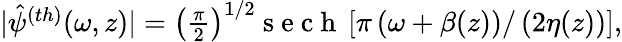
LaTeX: \begin{array}{r}{|\hat{\psi}^{(th)}(\omega,z)|=\left(\frac{\pi}{2}\right)^{1/2}\mathrm{~s~e~c~h~}\left[\pi\left(\omega+\beta(z)\right)/\left(2\eta(z)\right)\right],}\end{array}